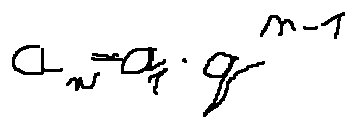
a _ { n } = a _ { 1 } \cdot q ^ { n - 1 }